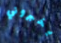
يخبروني